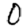
Digit: 0